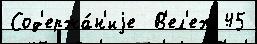
Сод'ержа́н'иjе  В'ел'еж 45